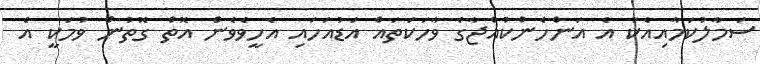
ސަމާލުކަމާއިއެކު އެ އަންހެންކުއްޖާގެ ވާހަކަތައް އަޑުއަހައި އެހީވެވެން އޮތް ގޮތުން ވުމަކީ އެ